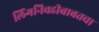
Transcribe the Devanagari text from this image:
लिंगनिवडीबाबतचा